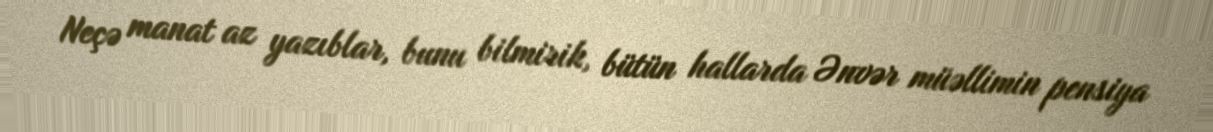
Neçə manat az yazıblar, bunu bilmirik, bütün hallarda Ənvər müəllimin pensiya